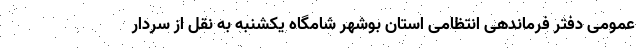
عمومی دفتر فرماندهی انتظامی استان بوشهر شامگاه یکشنبه به نقل از سردار